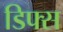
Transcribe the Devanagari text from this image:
डिफ्स